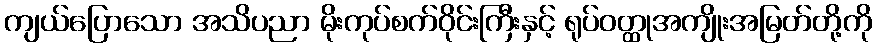
ကျယ်ပြောသော အသိပညာ မိုးကုပ်စက်ဝိုင်းကြီးနှင့် ရုပ်ဝတ္ထုအကျိုးအမြတ်တို့ကို